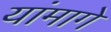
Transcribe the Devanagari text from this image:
यांमागे